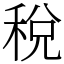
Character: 稅